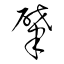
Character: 肇